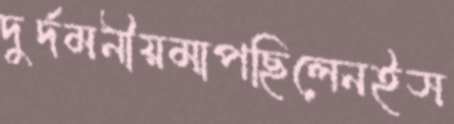
দুর্দমনীয়মাপছিলেনইস